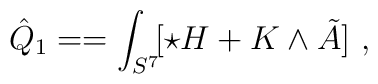
\hat Q_1 = =\int_{S^7} \! [\star H + K\wedge \tilde A]\ ,